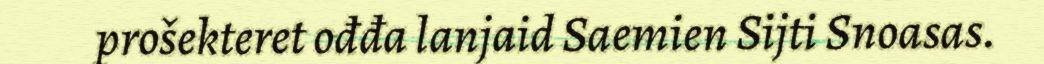
prošekteret ođđa lanjaid Saemien Sijti Snoasas.